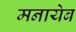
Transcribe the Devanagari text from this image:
मनायेब